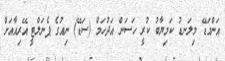
އަންމަޑޭ މިލަނޑު ކަމިޔާބު ކުރީ ހަސަން އަދުހަމް (ސަޑޭ) ނިއުގެ ޕެނަލްޓީ އޭރިއާއަށް